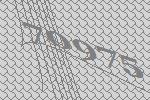
70975